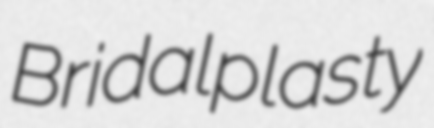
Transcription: Bridalplasty